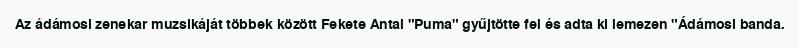
Az ádámosi zenekar muzsikáját többek között Fekete Antal "Puma" gyűjtötte fel és adta ki lemezen "Ádámosi banda.